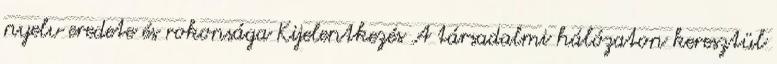
nyelv eredete és rokonsága Kijelentkezés A társadalmi hálózaton keresztül